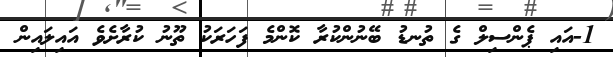
1-އައި ޕެންސިލް ގެ ތުނޑު ބޭނުންކުރާ ކޮންމެ ފަހަރަކު ތޫނު ކުރާށެވެ އައިލައިން